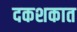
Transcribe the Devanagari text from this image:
दकशकात